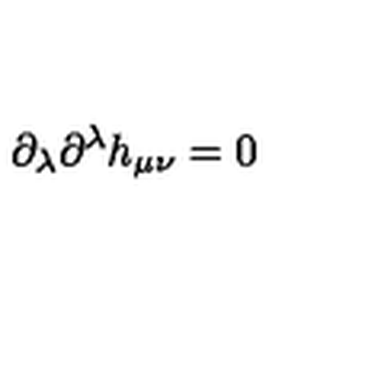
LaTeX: \partial _ { \lambda } \partial ^ { \lambda } h _ { \mu \nu } = 0